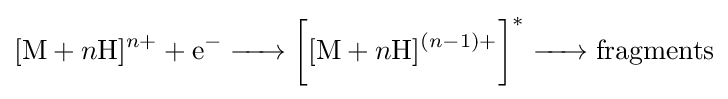
[{\ce {M}}+n{\ce {H}}]^{n+}+{\ce {e^- ->}}{\bigg [}[{\ce {M}}+n{\ce {H}}]^{(n-1)+}{\bigg ]}^{*}{\ce {-> fragments}}